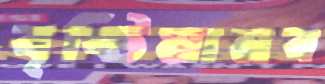
বৃষ্টিমানব